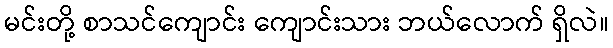
မင်းတို့ စာသင်ကျောင်း ကျောင်းသား ဘယ်လောက် ရှိလဲ။